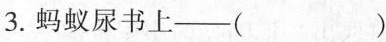
3.蚂蚁尿书上——()